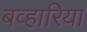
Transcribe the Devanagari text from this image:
बव्हारिया